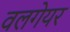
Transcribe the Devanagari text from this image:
वलगेयर